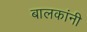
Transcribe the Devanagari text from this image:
बालकांनी